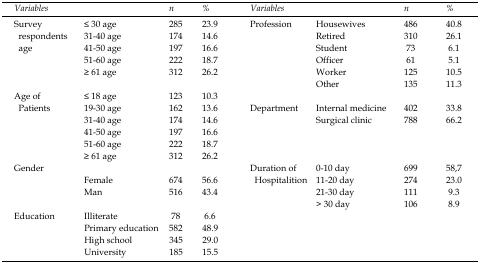
<table><thead><tr><td><b>Variables</b></td><td></td><td><b>n</b></td><td><b>%</b></td><td colspan="2"><b>Variables</b></td><td><b>n</b></td><td><b>%</b></td></tr></thead><tbody><tr><td rowspan="6">Survey respondents age</td><td>≤ 30 age</td><td>285</td><td>23.9</td><td rowspan="6"><b>Profession</b></td><td>Housewives</td><td>486</td><td>40.8</td></tr><tr><td>31-40 age</td><td>174</td><td>14.6</td><td>Retired</td><td>310</td><td>26.1</td></tr><tr><td>41-50 age</td><td>197</td><td>16.6</td><td>Student</td><td> 73</td><td> 6.1</td></tr><tr><td>51-60 age</td><td>222</td><td>18.7</td><td>Officer</td><td> 61</td><td> 5.1</td></tr><tr><td>≥ 61 age </td><td>312</td><td>26.2</td><td>Worker</td><td>125</td><td>10.5</td></tr><tr><td></td><td></td><td></td><td>Other</td><td>135</td><td>11.3</td></tr><tr><td rowspan="6">Age of Patients</td><td>≤ 18 age</td><td>123</td><td>10.3</td><td></td><td></td><td></td><td></td></tr><tr><td>19-30 age</td><td>162</td><td>13.6</td><td rowspan="5"><b>Department</b></td><td>Internal medicine</td><td>402</td><td>33.8</td></tr><tr><td>31-40 age</td><td>174</td><td>14.6</td><td>Surgical clinic</td><td>788</td><td>66.2</td></tr><tr><td>41-50 age</td><td>197</td><td>16.6</td><td></td><td></td><td></td></tr><tr><td>51-60 age</td><td>222</td><td>18.7</td><td></td><td></td><td></td></tr><tr><td>≥ 61 age</td><td>312</td><td>26.2</td><td></td><td></td><td></td></tr><tr><td rowspan="4">Gender</td><td></td><td></td><td></td><td rowspan="4"><b>Duration of Hospitalition</b></td><td>0-10 day</td><td>699</td><td>58,7</td></tr><tr><td>Female</td><td>674</td><td>56.6</td><td>11-20 day</td><td>274</td><td>23.0</td></tr><tr><td>Man</td><td>516</td><td>43.4</td><td>21-30 day</td><td>111</td><td> 9.3</td></tr><tr><td></td><td></td><td></td><td>&gt; 30 day</td><td>106</td><td> 8.9</td></tr><tr><td rowspan="4">Education</td><td>Illiterate</td><td> 78</td><td> 6.6</td><td rowspan="4"></td><td></td><td></td><td></td></tr><tr><td>Primary education</td><td>582</td><td>48.9</td><td></td><td></td><td></td></tr><tr><td>High school</td><td>345</td><td>29.0</td><td></td><td></td><td></td></tr><tr><td>University</td><td>185</td><td>15.5</td><td></td><td></td><td></td></tr></tbody></table>